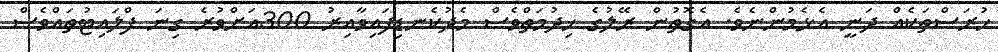
ހުރަސްތަކެއް ދަނީ އެޅެމުންނެވެ. އެގޮތުން ރޭލުގެ ޚިދުމަތްވެސް މެދުކެނޑިފައިވާއިރު 300އަށްވުރެ ގިނަ ފްލައިޓުތައްވެސް